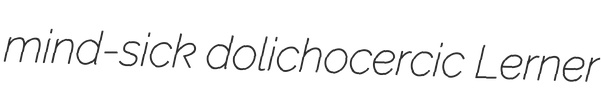
mind-sick dolichocercic Lerner